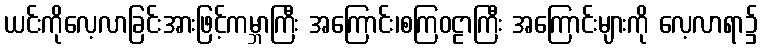
ယင်းကိုလေ့လာခြင်းအားဖြင့်ကမ္ဘာကြီး အကြောင်း၊စကြဝဠာကြီး အကြောင်းများကို လေ့လာရာ၌